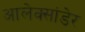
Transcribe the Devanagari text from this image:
आलेक्सांडेर